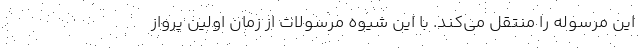
این مرسوله را منتقل می‌کند. با این شیوه مرسولات از زمان اولین پرواز